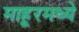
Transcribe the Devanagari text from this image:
माहूरमध्ये